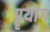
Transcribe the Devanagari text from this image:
पॄयोग